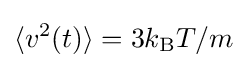
\langle v^{2}(t)\rangle =3k_{\text{B}}T/m